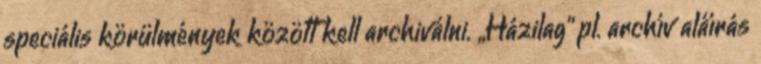
speciális körülmények között kell archiválni. „Házilag” pl. archív aláírás